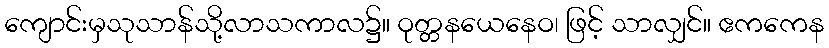
ကျောင်းမှသုသာန်သို့လာသကာလ၌။ ဝုတ္တနယေနေဝ၊ ဖြင့် သာလျှင်။ ဧကကေန